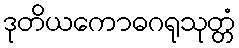
ဒုတိယကောဓဂရုသုတ္တံ